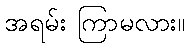
အရမ်း ကြာမလား။